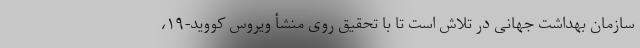
سازمان بهداشت جهانی در تلاش است تا با تحقیق روی منشأ ویروس کووید-۱۹،